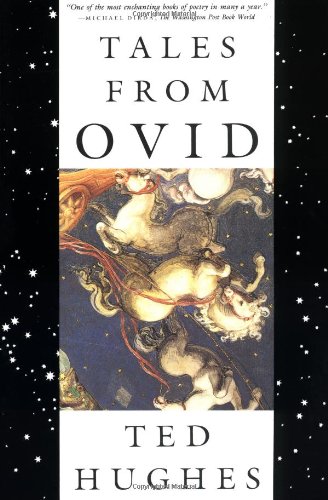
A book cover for Tales from Ovid: 24 Passages from the Metamorphoses; Ted Hughes; Literature & Fiction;